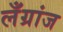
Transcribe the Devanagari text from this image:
लँग्रांज